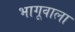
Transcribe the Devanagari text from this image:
भागूवाला